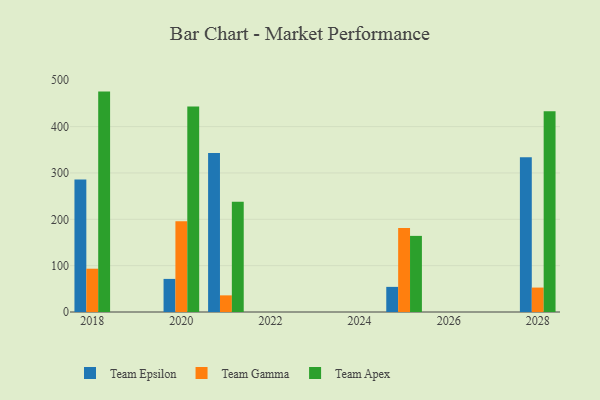
{"axis": {"x": "Year", "y": "Energy Usage (MWh)"}, "legend": ["Team Apex", "Team Epsilon", "Team Gamma"], "data": [{"x": "2025", "y": 54.2, "type": "Team Epsilon"}, {"x": "2025", "y": 181.1, "type": "Team Gamma"}, {"x": "2025", "y": 164.2, "type": "Team Apex"}, {"x": "2028", "y": 334.0, "type": "Team Epsilon"}, {"x": "2028", "y": 52.7, "type": "Team Gamma"}, {"x": "2028", "y": 432.9, "type": "Team Apex"}, {"x": "2018", "y": 285.8, "type": "Team Epsilon"}, {"x": "2018", "y": 93.4, "type": "Team Gamma"}, {"x": "2018", "y": 475.5, "type": "Team Apex"}, {"x": "2021", "y": 343.3, "type": "Team Epsilon"}, {"x": "2021", "y": 35.9, "type": "Team Gamma"}, {"x": "2021", "y": 237.6, "type": "Team Apex"}, {"x": "2020", "y": 71.4, "type": "Team Epsilon"}, {"x": "2020", "y": 195.8, "type": "Team Gamma"}, {"x": "2020", "y": 443.4, "type": "Team Apex"}]}